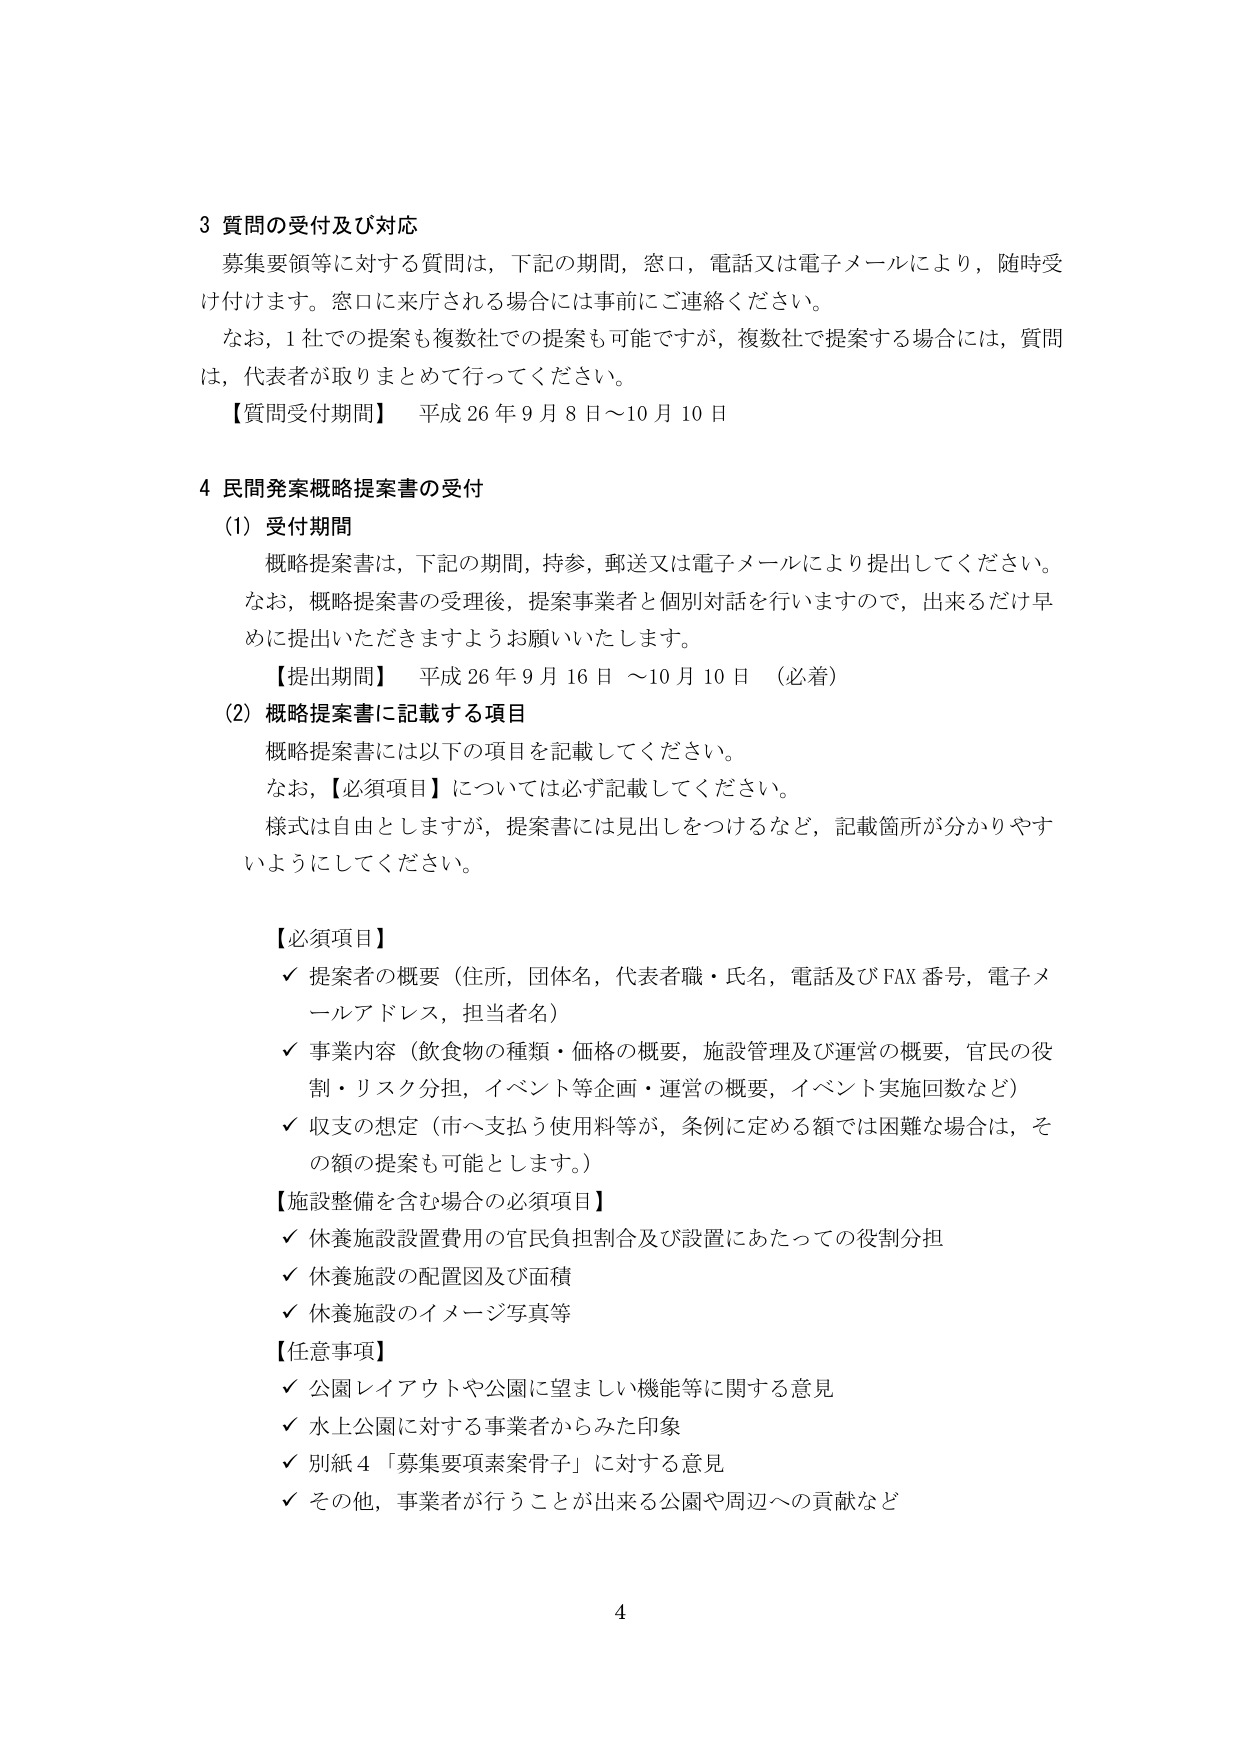
3 質問の受付及び対応
募集要領等に対する質問は、下記の期間、窓口、電話又は電子メールにより、随時受け付けます。窓口に来庁される場合には事前にご連絡ください。
なお、1社での提案も複数社での提案も可能ですが、複数社で提案する場合には、質問は、代表者が取りまとめて行ってください。
【質問受付期間】 平成26年9月8日～10月10日

4 民間発案概略提案書の受付
(1) 受付期間
概略提案書は、下記の期間、持参、郵送又は電子メールにより提出してください。
なお、概略提案書の受理後、提案事業者と個別対話を行いますので、出来るだけ早めに提出いただきますようお願いいたします。
【提出期間】 平成26年9月16日～10月10日（必着）
(2) 概略提案書に記載する項目
概略提案書には以下の項目を記載してください。
なお、【必須項目】については必ず記載してください。
様式は自由としますが、提案書には見出しをつけるなど、記載箇所が分かりやすいようにしてください。

【必須項目】
✓ 提案者の概要（住所、団体名、代表者職・氏名、電話及びFAX番号、電子メールアドレス、担当者名）
✓ 事業内容（飲食物の種類・価格の概要、施設管理及び運営の概要、官民の役割・リスク分担、イベント等企画・運営の概要、イベント実施回数など）
✓ 収支の想定（市へ支払う使用料等が、条例に定める額では困難な場合は、その額の提案も可能とします。）

【施設整備を含む場合の必須項目】
✓ 休養施設設置費用の官民負担割合及び設置にあたっての役割分担
✓ 休養施設の配置図及び面積
✓ 休養施設のイメージ写真等

【任意事項】
✓ 公園レイアウトや公園に望ましい機能等に関する意見
✓ 水上公園に対する事業者からみた印象
✓ 別紙4「募集要項素案骨子」に対する意見
✓ その他、事業者が行うことが出来る公園や周辺への貢献など

4